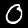
Digit: 0